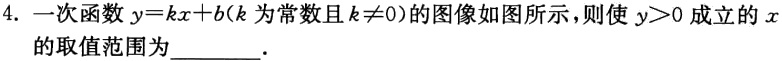
4. 一次函数$y = kx + b$（$k$为常数且$k\neq0$）的图像如图所示，则使$y>0$成立的$x$的取值范围为________．